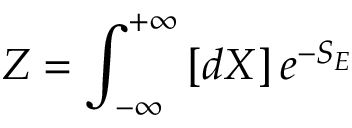
Z = \int _ { - \infty } ^ { + \infty } \left[ d X \right] e ^ { - S _ { E } }